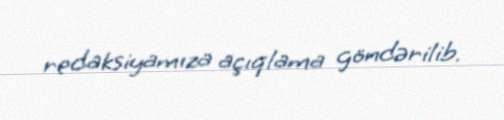
redaksiyamıza açıqlama göndərilib.